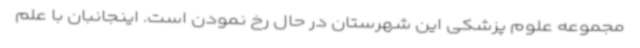
مجموعه علوم پزشکی این شهرستان در حال رخ نمودن است. اینجانبان با علم